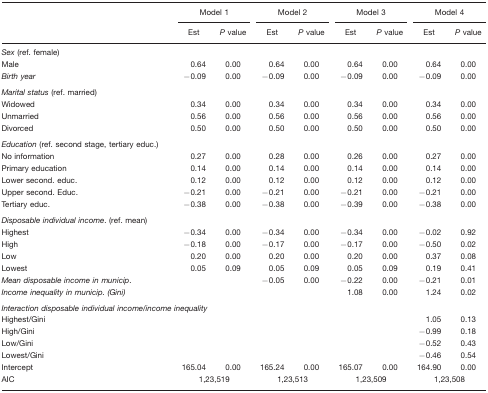
<table><thead><tr><td></td><td colspan="2"><b>Model 1</b></td><td colspan="2"><b>Model 2</b></td><td colspan="2"><b>Model 3</b></td><td colspan="2"><b>Model 4</b></td></tr><tr><td></td><td><b>Est</b></td><td><b><i>P</i> value</b></td><td><b>Est</b></td><td><b><i>P</i> value</b></td><td><b>Est</b></td><td><b><i>P</i> value</b></td><td><b>Est</b></td><td><b><i>P</i> value</b></td></tr></thead><tbody><tr><td colspan="9"><i>Sex</i> (ref. female)</td></tr><tr><td>Male</td><td>0.64</td><td>0.00</td><td>0.64</td><td>0.00</td><td>0.64</td><td>0.00</td><td>0.64</td><td>0.00</td></tr><tr><td><i>Birth year</i></td><td>−0.09</td><td>0.00</td><td>−0.09</td><td>0.00</td><td>−0.09</td><td>0.00</td><td>−0.09</td><td>0.00</td></tr><tr><td colspan="9"><i>Marital status</i> (ref. married)</td></tr><tr><td>Widowed</td><td>0.34</td><td>0.00</td><td>0.34</td><td>0.00</td><td>0.34</td><td>0.00</td><td>0.34</td><td>0.00</td></tr><tr><td>Unmarried</td><td>0.56</td><td>0.00</td><td>0.56</td><td>0.00</td><td>0.56</td><td>0.00</td><td>0.56</td><td>0.00</td></tr><tr><td>Divorced</td><td>0.50</td><td>0.00</td><td>0.50</td><td>0.00</td><td>0.50</td><td>0.00</td><td>0.50</td><td>0.00</td></tr><tr><td colspan="9"><i>Education</i> (ref. second stage, tertiary educ.)</td></tr><tr><td>No information</td><td>0.27</td><td>0.00</td><td>0.28</td><td>0.00</td><td>0.26</td><td>0.00</td><td>0.27</td><td>0.00</td></tr><tr><td>Primary education</td><td>0.14</td><td>0.00</td><td>0.14</td><td>0.00</td><td>0.14</td><td>0.00</td><td>0.14</td><td>0.00</td></tr><tr><td>Lower second. educ.</td><td>0.12</td><td>0.00</td><td>0.12</td><td>0.00</td><td>0.12</td><td>0.00</td><td>0.12</td><td>0.00</td></tr><tr><td>Upper second. Educ.</td><td>−0.21</td><td>0.00</td><td>−0.21</td><td>0.00</td><td>−0.21</td><td>0.00</td><td>−0.21</td><td>0.00</td></tr><tr><td>Tertiary educ.</td><td>−0.38</td><td>0.00</td><td>−0.38</td><td>0.00</td><td>−0.39</td><td>0.00</td><td>−0.38</td><td>0.00</td></tr><tr><td colspan="9"><i>Disposable individual income</i>. (ref. mean)</td></tr><tr><td>Highest</td><td>−0.34</td><td>0.00</td><td>−0.34</td><td>0.00</td><td>−0.34</td><td>0.00</td><td>−0.02</td><td>0.92</td></tr><tr><td>High</td><td>−0.18</td><td>0.00</td><td>−0.17</td><td>0.00</td><td>−0.17</td><td>0.00</td><td>−0.50</td><td>0.02</td></tr><tr><td>Low</td><td>0.20</td><td>0.00</td><td>0.20</td><td>0.00</td><td>0.20</td><td>0.00</td><td>0.37</td><td>0.08</td></tr><tr><td>Lowest</td><td>0.05</td><td>0.09</td><td>0.05</td><td>0.09</td><td>0.05</td><td>0.09</td><td>0.19</td><td>0.41</td></tr><tr><td><i>Mean disposable income in municip</i>.</td><td></td><td></td><td>−0.05</td><td>0.00</td><td>−0.22</td><td>0.00</td><td>−0.21</td><td>0.01</td></tr><tr><td><i>Income inequality in municip. (Gini)</i></td><td></td><td></td><td></td><td></td><td>1.08</td><td>0.00</td><td>1.24</td><td>0.02</td></tr><tr><td colspan="9"><i>Interaction disposable individual income/income inequality</i></td></tr><tr><td>Highest/Gini</td><td></td><td></td><td></td><td></td><td></td><td></td><td>1.05</td><td>0.13</td></tr><tr><td>High/Gini</td><td></td><td></td><td></td><td></td><td></td><td></td><td>−0.99</td><td>0.18</td></tr><tr><td>Low/Gini</td><td></td><td></td><td></td><td></td><td></td><td></td><td>−0.52</td><td>0.43</td></tr><tr><td>Lowest/Gini</td><td></td><td></td><td></td><td></td><td></td><td></td><td>−0.46</td><td>0.54</td></tr><tr><td>Intercept</td><td>165.04</td><td>0.00</td><td>165.24</td><td>0.00</td><td>165.07</td><td>0.00</td><td>164.90</td><td>0.00</td></tr><tr><td>AIC</td><td colspan="2">1,23,519</td><td colspan="2">1,23,513</td><td colspan="2">1,23,509</td><td colspan="2">1,23,508</td></tr></tbody></table>